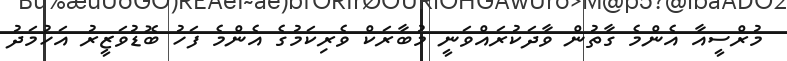
މުރްސީއާ އެންމެ ގާތުން ވާދަކުރައްވަނީ މުބާރަކް ވެރިކަމުގެ އެންމެ ފަހު ބޮޑުވަޒީރު އަހުމަދު